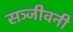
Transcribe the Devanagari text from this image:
सञ्जीवनी